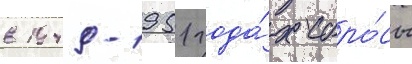
в 1949-1951 года́х сбро́сы